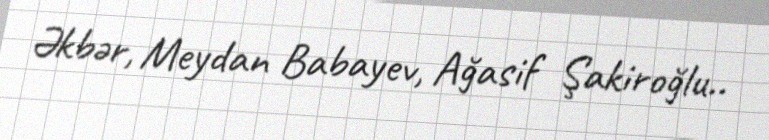
Əkbər, Meydan Babayev, Ağasif Şakiroğlu..